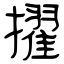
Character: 擢